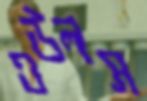
ওউলস